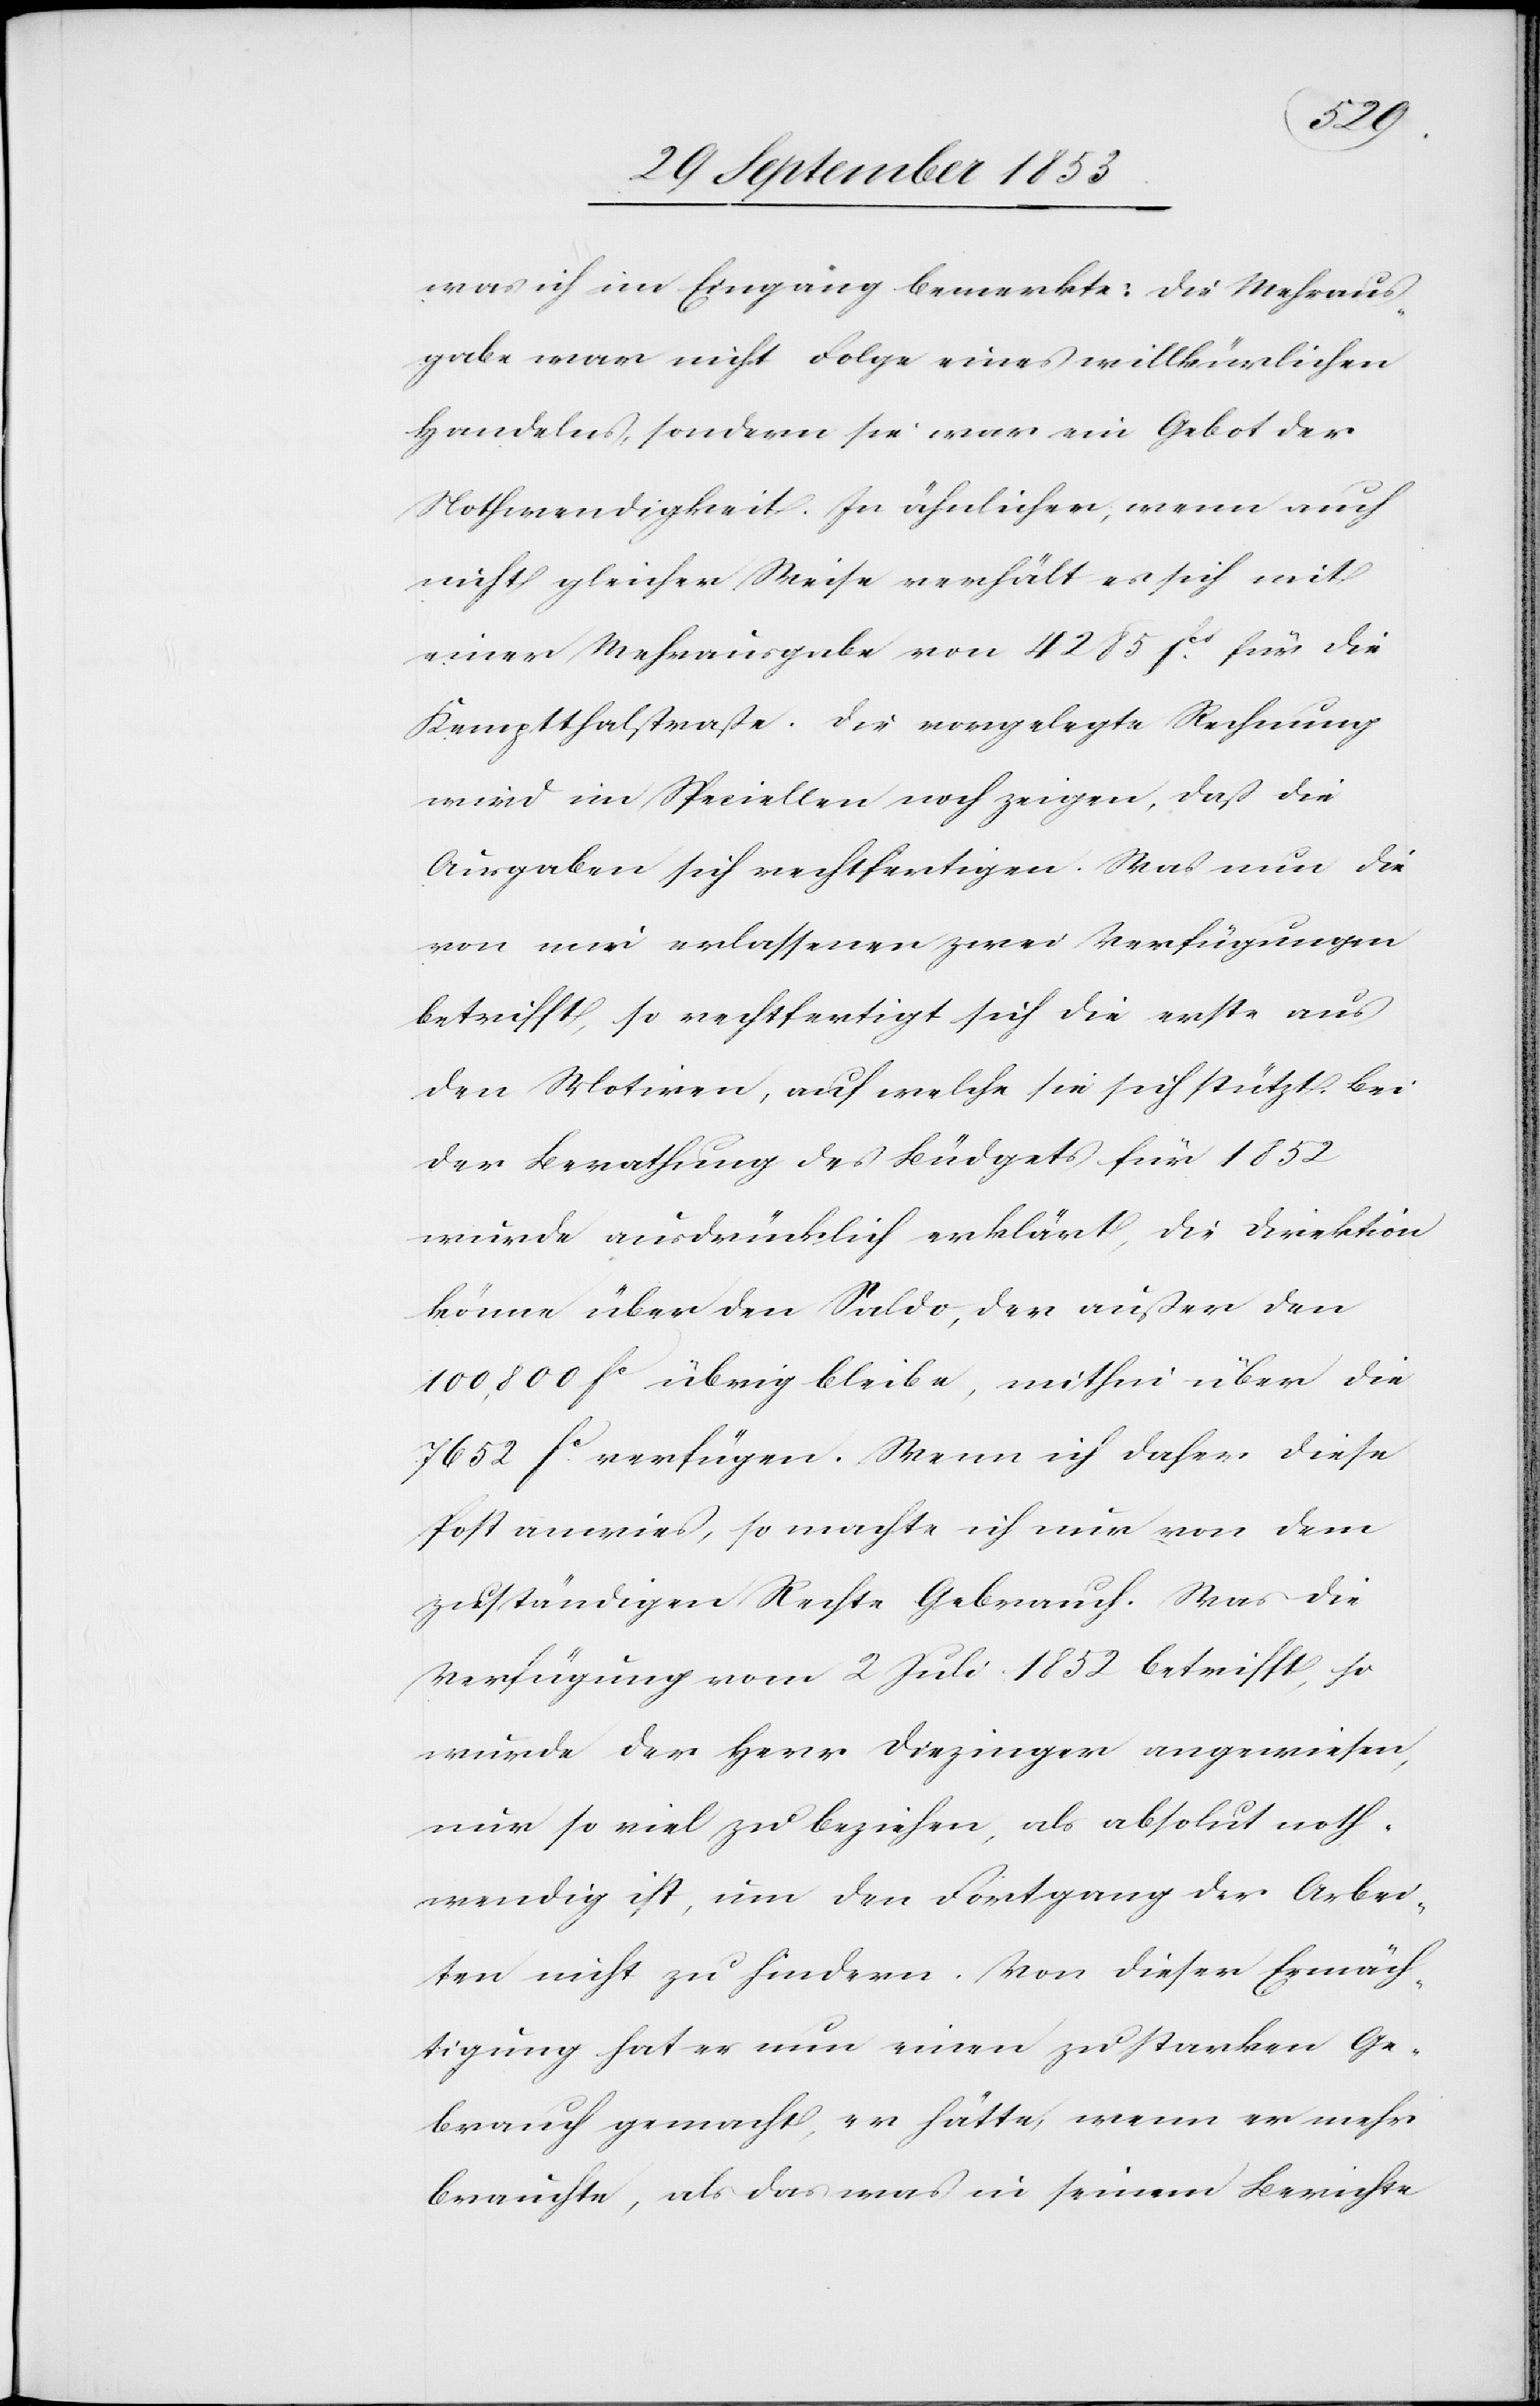
was ich im Eingang bemerkte: die Mehraus¬
gabe war nicht Folge eines willkürlichen
Handelns, sondern sie war ein Gebot der
Nothwendigkeit. In ähnlicher, wenn auch
nicht gleicher Weise verhält es ich, mit
einer Mehrausgabe von 4285 fcs. für die
Kempthalstraße. Die vorgelegte Rechnung
wird im Speziellen noch zeigen, daß die
Ausgaben sich rechtfertigen. Was nun die
von mir erlassenen Verfügungen
betrifft, so rechtfertigt sich die erste aus
den Motiven, auf welche sie sich stützt. Bei
der Berathung des Büdgets für 1852
wurde ausdrücklich erklärt, die Direktion
könne über den Saldo, der außer den
100,800 fc übrig bleibe, mithin über die
7652 fc verfügen. Wenn ich daher diese
Post anwies, so machte ich nur von dem
zuständigen Rechte Gebrauch. Was die
Verfügung vom 2 Juli 1852 betrifft, so
wurde der Herr Diezinger angewiesen,
nur so viel zu beziehen, als absolut noth¬
wendig ist, um den Fortgang der Arbei¬
ten nicht zu hindern. Von dieser Ermäch¬
tigung hat er nun einen zu starken Ge¬
brauch gemacht, er hätte, wenn er mehr
brauchte, als das was in seinem Berichte